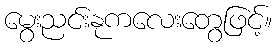
မွေးညင်းနုကလေးတွေဖြင့်။